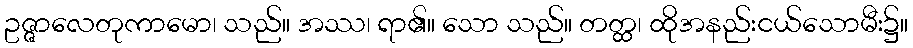
ဥဇ္ဇာလေတုကာမော၊ သည်။ အဿ၊ ရာ၏။ သော သည်။ တတ္ထ၊ ထိုအနည်းငယ်သောမီး၌။